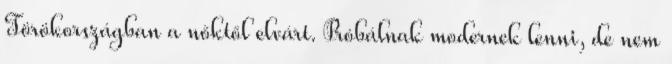
Törökországban a nőktől elvárt. Próbálnak modernek lenni, de nem